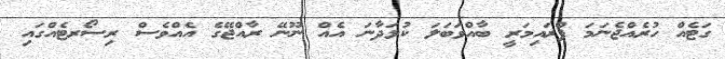
ގަޓެއް ހުރެއްޖެނަމަ ޕްރައިމަރީ ބާއްވަބަލަ ކުޅަދާނަ އެއް ނޫނޭ ރާއްޖޭގެ އެއްވެސް ރިސޯރޓެއްގައި